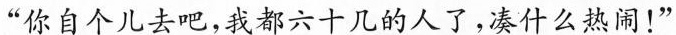
“你自个儿去吧，我都六十几的人了，凑什么热闹！”